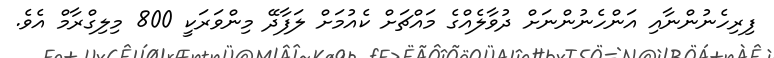
ފިރިހެނުންނާއި އަންހެނުންނަށް ދުވާލެއްގެ މައްޗަށް ކެއުމަށް ލަފާދޭ މިންވަރަކީ 800 މިލިގްރާމް އެވެ.